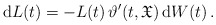
\begin{align*}\mathrm{d}L(t) = - L(t)\,\vartheta'(t,\mathfrak{X})\, \mathrm{d}W(t)\,.\end{align*}